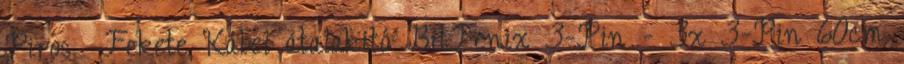
Piros Fekete Kábel átalakító BitFenix 3-Pin - 3x 3-Pin 60cm